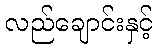
လည်ချောင်းနှင့်